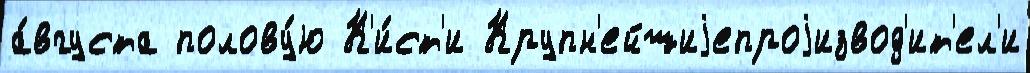
а́вгуста полову́ю К'и́ст'и Крупн'ейшиjепроjизвод'ит'ел'и